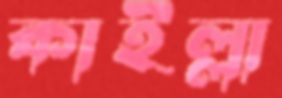
কাইল্লা